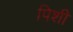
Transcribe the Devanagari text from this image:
पिशी